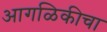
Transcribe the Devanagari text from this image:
आगळिकीचा